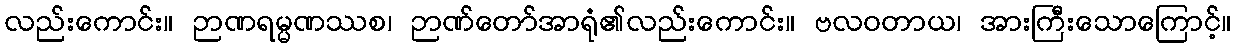
လည်းကောင်း။ ဉာဏရမ္မဏဿစ၊ ဉာဏ်တော်အာရုံ၏လည်းကောင်း။ ဗလဝတာယ၊ အားကြီးသောကြောင့်။